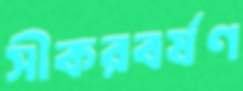
সীকরবর্ষণ